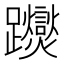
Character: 𨇾